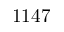
1 1 4 7